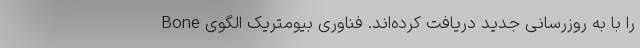
Bone را با به روزرسانی جدید دریافت کرده‌اند. فناوری بیومتریک الگوی